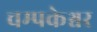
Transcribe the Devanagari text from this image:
चम्पकेश्वर